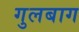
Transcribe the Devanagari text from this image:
गुलबाग